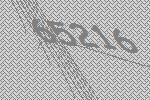
65216